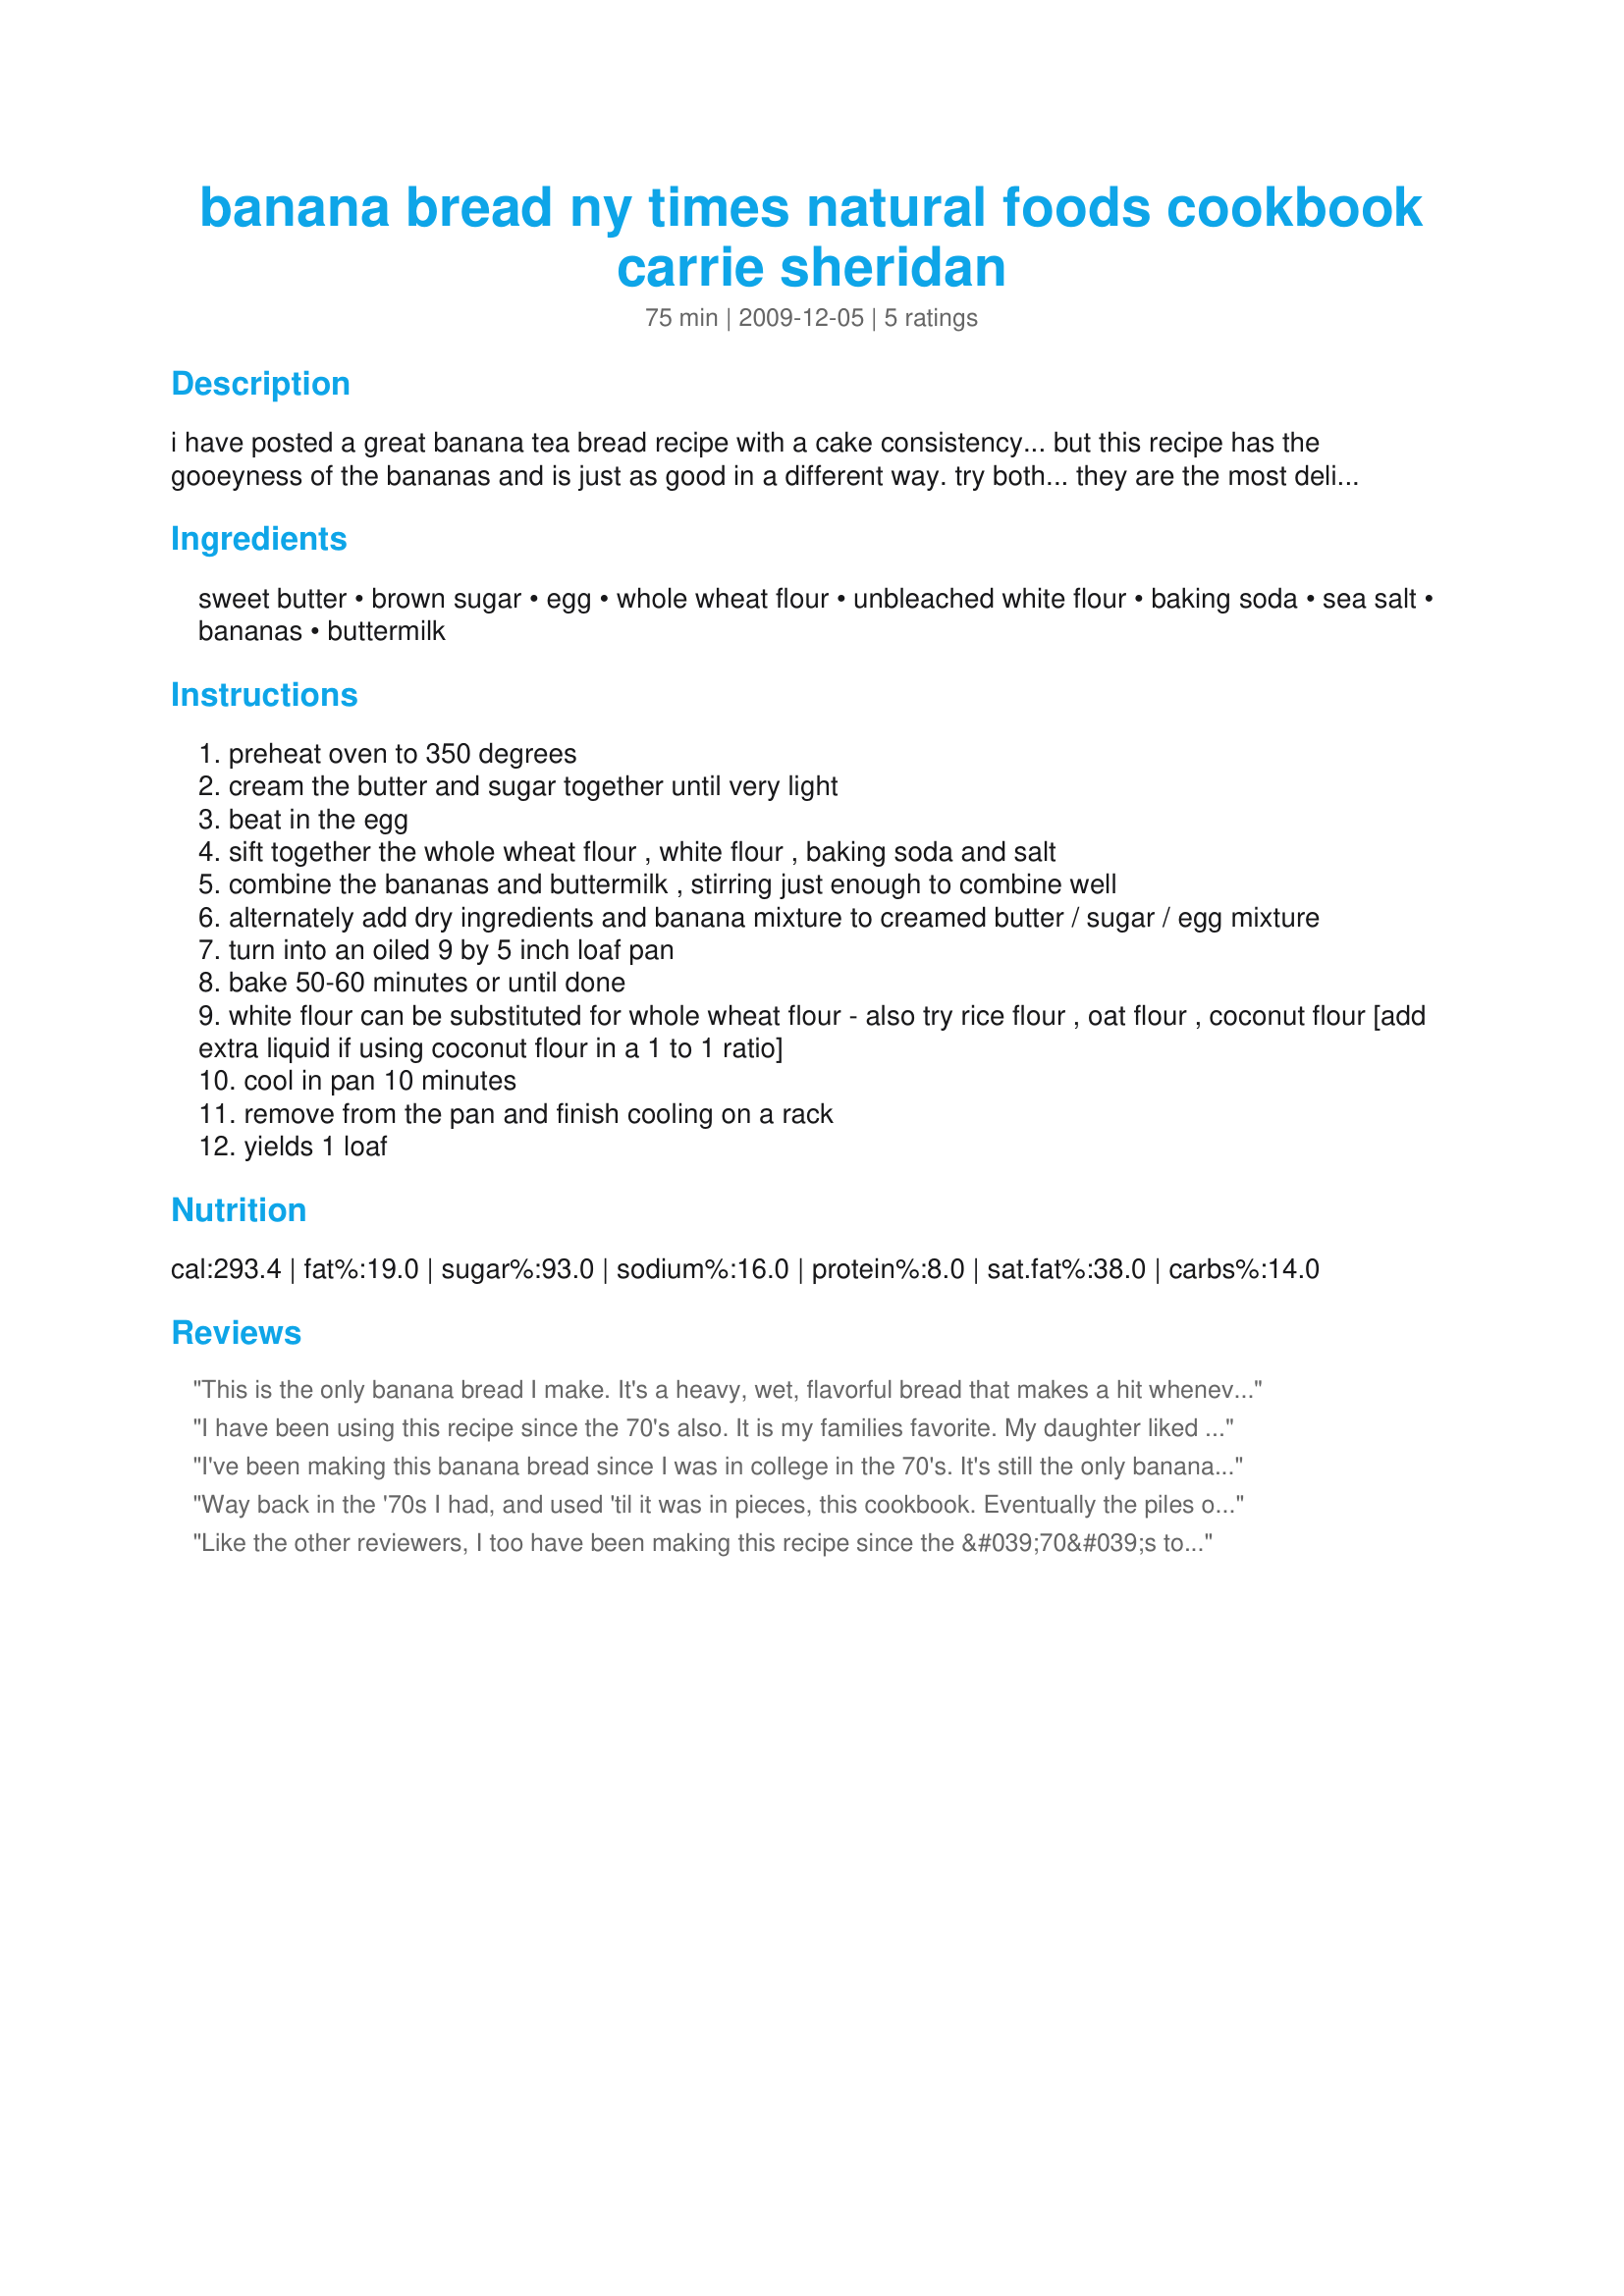
banana bread ny times natural foods cookbook carrie sheridan
Preparation time: 75 minutes

i have posted a great banana tea bread recipe with a cake consistency... but this recipe has the gooeyness of the bananas and is just as good in a different way. try both... they are the most delicious banana breads you'll ever eat. great toasted, too! freezes well.

Ingredients:
sweet butter, brown sugar, egg, whole wheat flour, unbleached white flour, baking soda, sea salt, bananas, buttermilk

Steps:
preheat oven to 350 degrees
cream the butter and sugar together until very light
beat in the egg
sift together the whole wheat flour , white flour , baking soda and salt
combine the bananas and buttermilk , stirring just enough to combine well
alternately add dry ingredients and banana mixture to creamed butter / sugar / egg mixture
turn into an oiled 9 by 5 inch loaf pan
bake 50-60 minutes or until done
white flour can be substituted for whole wheat flour - also try rice flour , oat flour , coconut flour [add extra liquid if using coconut flour in a 1 to 1 ratio]
cool in pan 10 minutes
remove from the pan and finish cooling on a rack
yields 1 loaf

Reviews:
This is the only banana bread I make. It's a heavy, wet, flavorful bread that makes a hit whenever I share it. Lost my cookbook and was thrilled to find the recipe here!
I have been using this recipe since the 70's also. It is my families favorite. My daughter liked this cookbook so much I searched yard sales to find one for her. Meanwhile, mine fell apart. I am thrilled to find this recipe !!
I've been making this banana bread since I was in college in the 70's. It's still the only banana bread I make. I prefer using yogurt instead of buttermilk. Also, I mash up some of the bananas and then add some cut up chunks. Thanks for posting!
Way back in the '70s I had, and used 'til it was in pieces, this cookbook. Eventually the piles of pieces got tossed and with it the recipe, which is THE BEST I have ever found. As my children have grown into great cooks and offered up many different banana bread recipes, none as good as "the one Mom used to make." SO glad to have found it again! It still tastes GREAT!
Like the other reviewers, I too have been making this recipe since the &#039;70&#039;s to rave reviews. I do make just a couple of modifications: I use yogurt instead of buttermilk and I add a teaspoon of vanilla to the banana mixture.
